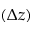
( \Delta z )